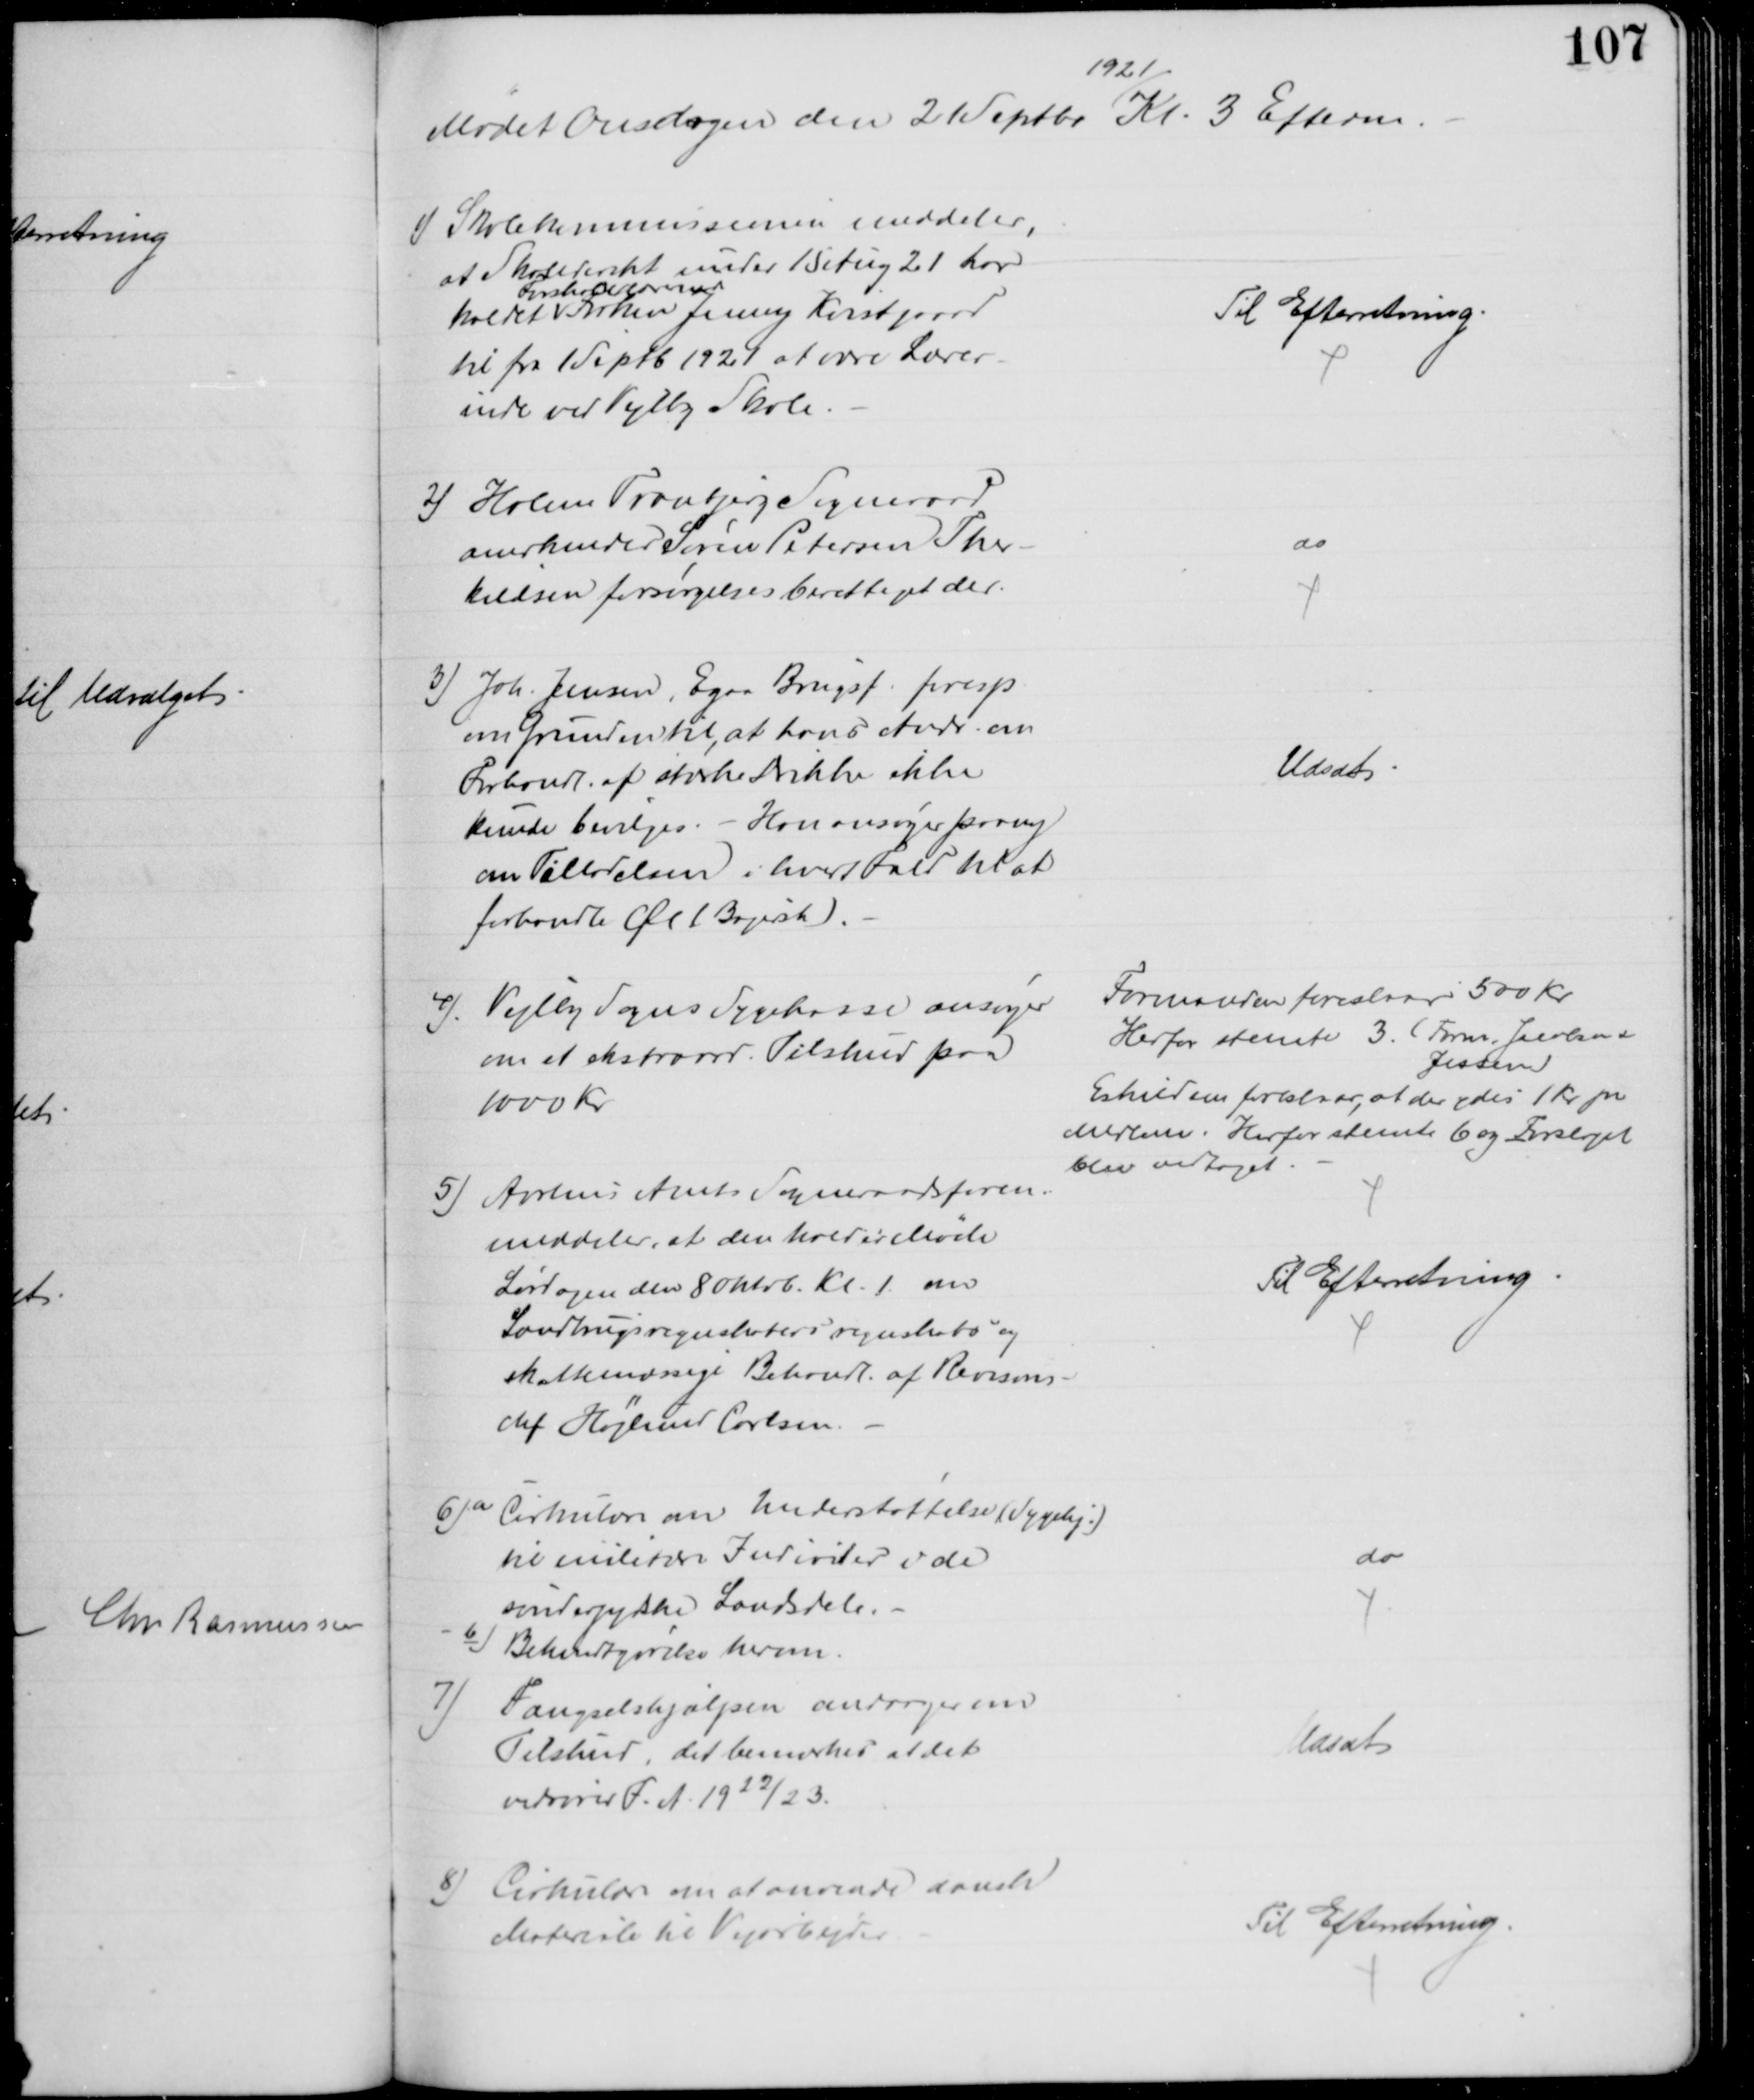
Transskription:
Mødet Onsdagen den 21 Septbr
1921
Kl. 3 Efterm.
1) Skolekommissionen meddeler,
at Skoledirekt under 15 Aug 21 har
kaldet 
Forskolelæreren
Frøken Jenny Kvistgaard
til fra 1 Septb 1921 at være Lærer-
inde ved Vejlby Skole.
Til Efterretning.
2) Holme Tranbjerg Sogneraad
anerkender Søren Petersen Ther-
kildsen forsørgelsesberettiget der.
do
3) Joh. Jensen, Egaa Brugsf. foresp
om Grunden til, at hans Andr. om
Forhandl. af stærke Drikke ikke
kunde bevilges. - Han ansøger paany
om Tilladelsen i hvert Fald til at
forhandle Øl. ( Bajersk).
Udsat
4) Vejlby Sogns Sygekasse ansøger
om et ekstraord. Tilskud paa
1000 Kr
Formanden foreslaar 500 Kr
Herfor stemte 3. (Form, Jacobsen &
Jessen)
Eskildsen foreslaar, at der ydes 1 Kr pr
Medlem. Herfor stemte 6 og Forslaget
blev vetaget.
5) Aarhus Amts Sogneraadsforen.
meddeler, at den holder Møde
Lørdagen den 8 Oktob. Kl. 1. om
Landbrugsregnskabers regnskabs og 
skattemæssige Behandl. af Revisons-
 Højlund Carlsen.
Til Efterretning
6)a Cirkulære om Understøttelse (Sygehj.)
til militære Individer i de
sønderjydske Landsdele.
b) Bekendtgørelse herom.
do
7) Fængselshjælpen andrager om
Tilskud, det bemærkes at det
vedrører F. A. 1922/23.
Udsat
8) Cirkulære om at anvende danske
Materiale til Vejarbejder
Til Efterretning.